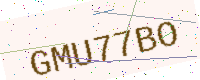
Text: GMU77BO